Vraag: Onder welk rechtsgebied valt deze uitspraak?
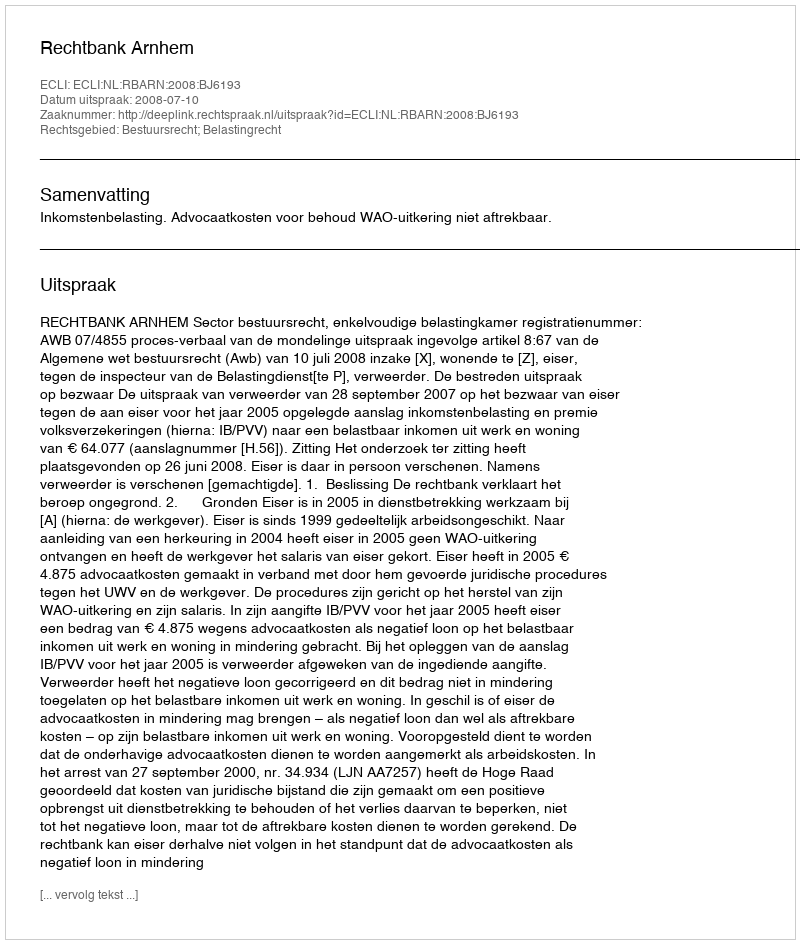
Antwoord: Bestuursrecht; Belastingrecht